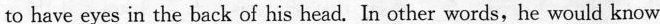
to have eyes in the back of his head. In other words, he would know